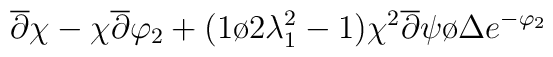
\overline{\partial }\chi -\chi \overline{\partial }\varphi _{2}+({1\o {2\lambda_1^2}}-1){{\chi ^{2}\overline{\partial }\psi }\o \Delta }e^{-\varphi _{2}}